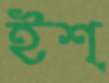
ইশ্